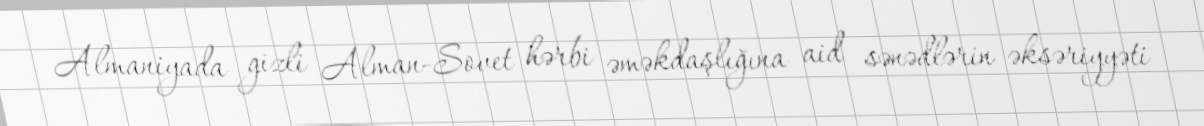
Almaniyada gizli Alman-Sovet hərbi əməkdaşlığına aid sənədlərin əksəriyyəti